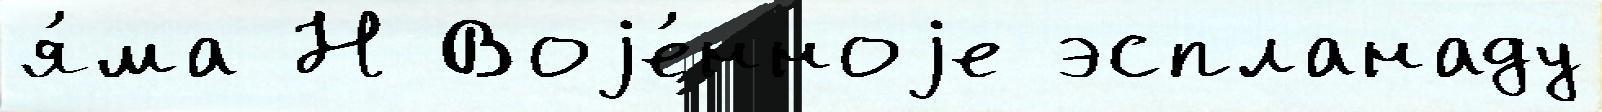
я́ма Н Воjе́нноjе эспланаду